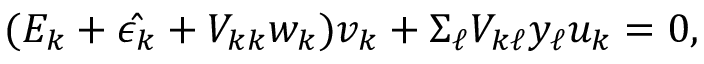
( E _ { k } + \hat { \epsilon _ { k } } + V _ { k k } w _ { k } ) v _ { k } + \Sigma _ { \ell } V _ { k \ell } y _ { \ell } u _ { k } = 0 ,